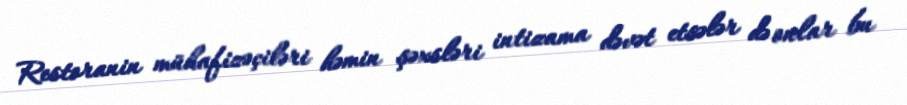
Restoranin mühafizəçiləri həmin şəxsləri intizama dəvət etsələr də onlar bu